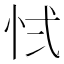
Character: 𭜚